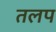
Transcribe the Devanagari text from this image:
तलप